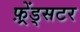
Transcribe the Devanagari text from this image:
फ़्रेंड्सटर